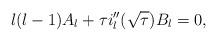
LaTeX: \begin{align*}l(l-1)A_l+\tau i_l''(\sqrt{\tau})B_l=0,\end{align*}